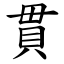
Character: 貫